Lunatic asylums United Provinces 1899-1908 - 1899-1908
Year: 1899
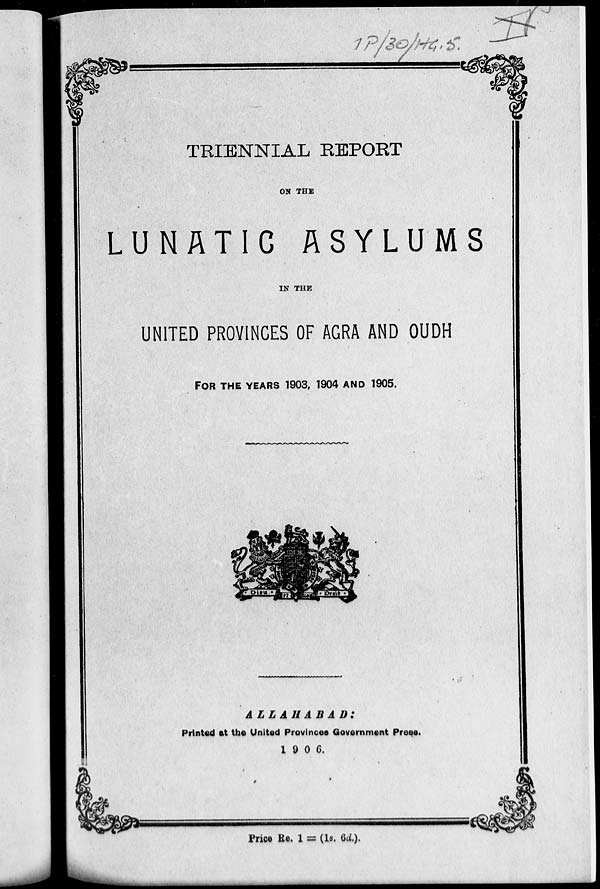
TRIENNIAL REPORT
ON THE
LUNATIC ASYLUMS
IN THE
UNITED PROVINCES OF AGRA AND OUDH
FOR THE YEARS 1903, 1904 AND 1905.
ALLAHABAD:
Printed at the United Provinces Government Press.
1906.
Price Re. 1 = (1s. 6d.).